Second report of the anti-malarial operations at Mian Mir, 1901-1903 - Number 9
Year: 1901
Disease focus: Malaria
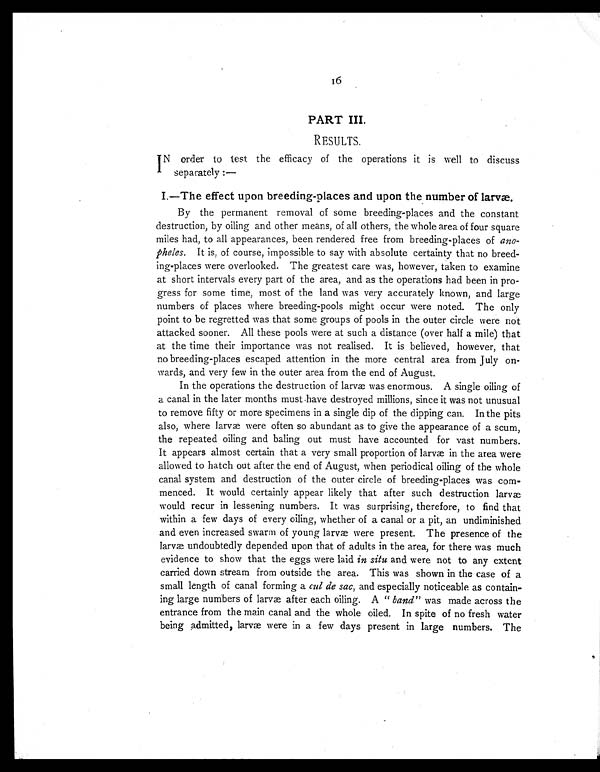
16
PART III.
RESULTS.
IN order to test the efficacy of the operations it is well to discuss
separately :—
I.—The effect upon breeding-places and upon the number of larvæ.
By the permanent removal of some breeding-places and the constant
destruction, by oiling and other means, of all others, the whole area of four square
miles had, to all appearances, been rendered free from breeding-places of ano-
pheles. It is, of course, impossible to say with absolute certainty that no breed-
ing-places were overlooked. The greatest care was, however, taken to examine
at short intervals every part of the area, and as the operations had been in pro-
gress for some time, most of the land was very accurately known, and large
numbers of places where breeding-pools might occur were noted. The only
point to be regretted was that some groups of pools in the outer circle were not
attacked sooner. All these pools were at such a distance (over half a mile) that
at the time their importance was not realised. It is believed, however, that
no breeding-places escaped attention in the more central area from July on-
wards, and very few in the outer area from the end of August.
In the operations the destruction of larvæ was enormous. A single oiling of
a canal in the later months must have destroyed millions, since it was not unusual
to remove fifty or more specimens in a single dip of the dipping can. In the pits
also, where larvæ were often so abundant as to give the appearance of a scum,
the repeated oiling and baling out must have accounted for vast numbers.
It appears almost certain that a very small proportion of larvæ in the area were
allowed to hatch out after the end of August, when periodical oiling of the whole
canal system and destruction of the outer circle of breeding-places was com-
menced. It would certainly appear likely that after such destruction larvæ
would recur in lessening numbers. It was surprising, therefore, to find that
within a few days of every oiling, whether of a canal or a pit, an undiminished
and even increased swarm of young larvæ were present. The presence of the
larvæ undoubtedly depended upon that of adults in the area, for there was much
evidence to show that the eggs were laid in situ and were not to any extent
carried down stream from outside the area. This was shown in the case of a
small length of canal forming a cul de sac, and especially noticeable as contain-
ing large numbers of larvae after each oiling. A " band" was made across the
entrance from the main canal and the whole oiled. In spite of no fresh water
being admitted, lame were in a few days present in large numbers. The